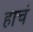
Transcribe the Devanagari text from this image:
हाचं